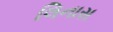
લિનાસ